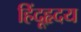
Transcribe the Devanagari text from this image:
हिंदूहृदय